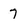
Character: 7